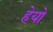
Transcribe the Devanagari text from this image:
हेयो